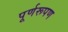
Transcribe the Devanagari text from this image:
पूर्णरूपण